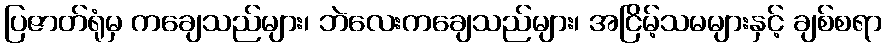
ပြဇာတ်ရုံမှ ကချေသည်များ၊ ဘဲလေးကချေသည်များ၊ အငြိမ့်သမများနှင့် ချစ်စရာ